Indian journal of veterinary science and animal husbandry - Volumes 15-17, 1948-1951
Year: 1948
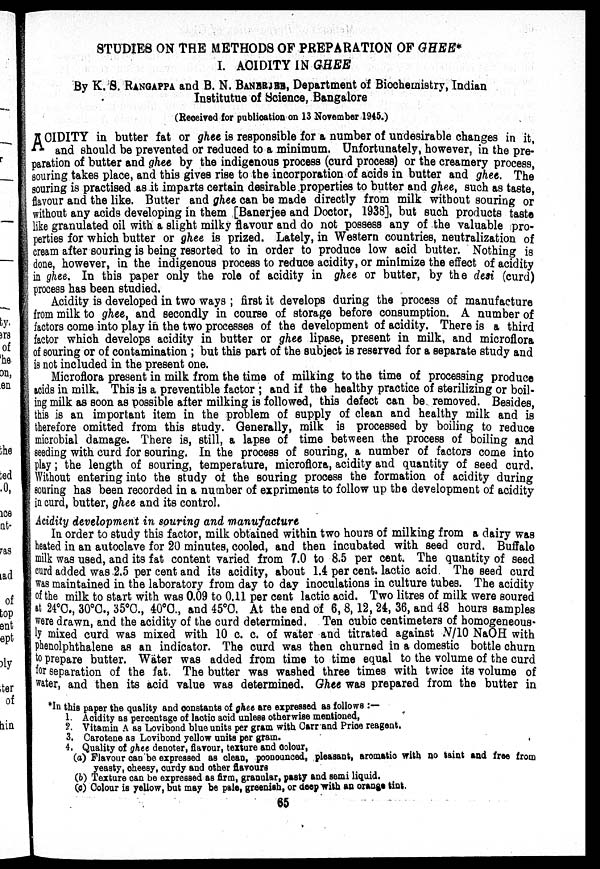
STUDIES ON THE METHODS OF PREPARATION OF GHEE*
I. ACIDITY IN GHEE
By K. S. RANGAPPA and B. N. BANERJEE, Department of Biochemistry, Indian
Institutue of Science, Bangalore
(Received for publication on 13 November 1945.)
A CIDITY in butter fat or ghee is responsible for a number of undesirable changes in it,
and should be prevented or reduced to a minimum. Unfortunately, however, in the pre-
paration of butter and ghee by the indigenous process (curd process) or the creamery process,
souring takes place, and this gives rise to the incorporation of acids in butter and ghee. The
souring is practised as it imparts certain desirable properties to butter and ghee, such as taste,
flavour and the like. Butter and ghee can be made directly from milk without souring or
without any acids developing in them [Banerjee and Doctor, 1938], but such products taste
like granulated oil with a slight milky flavour and do not possess any of the valuable pro-
perties for which butter or ghee is prized. Lately, in Western countries, neutralization of
cream after souring is being resorted to in order to produce low acid butter. Nothing is
done, however, in the indigenous process to reduce acidity, or minimize the effect of acidity
in ghee. In this paper only the role of acidity in ghee or butter, by the desi (curd)
process has been studied.
Acidity is developed in two ways ; first it develops during the process of manufacture
from milk to ghee, and secondly in course of storage before consumption. A number of
factors come into play in the two processes of the development of acidity. There is a third
factor which develops acidity in butter or ghee lipase, present in milk, and microflora
of souring or of contamination ; but this part of the subject is reserved for a separate study and
is not included in the present one.
Microflora present in milk from the time of milking to the time of processing produce
acids in milk. This is a preventible factor ; and if the healthy practice of sterilizing or boil-
ing milk as soon as possible after milking is followed, this defect can be removed. Besides,
this is an important item in the problem of supply of clean and healthy milk and is
therefore omitted from this study. Generally, milk is processed by boiling to reduce
microbial damage. There is, still, a lapse of time between the process of boiling and
seeding with curd for souring. In the process of souring, a number of factors come into
play ; the length of souring, temperature, microflora, acidity and quantity of seed curd.
Without entering into the study of the souring process the formation of acidity during
souring has been recorded in a number of expriments to follow up the development of acidity
in curd, butter, ghee and its control.
Acidity development in souring and manufacture
In order to study this factor, milk obtained within two hours of milking from a dairy was
heated in an autoclave for 20 minutes, cooled, and then incubated with seed curd. Buffalo
milk was used, and its fat content varied from 7.0 to 8.5 per cent. The quantity of seed
curd added was 2.5 per cent and its acidity, about 1.4 per cent. lactic acid. The seed curd
was maintained in the laboratory from day to day inoculations in culture tubes. The acidity
of the milk to start with was 0.09 to 0.11 per cent lactic acid. Two litres of milk were soured
at 24°C., 30°C., 35°C., 40°C., and 45°C. At the end of 6, 8, 12, 24, 36, and 48 hours samples
were drawn, and the acidity of the curd determined. Ten cubic centimeters of homogeneous-
ly mixed curd was mixed with 10 c. c. of water and titrated against N/10 NaOH with
phenolphthalene as an indicator. The curd was then churned in a domestic bottle churn
to prepare butter. Wäter was added from time to time equal to the volume of the curd
for separation of the fat. The butter was washed three times with twice its volume of
water, and then its acid value was determined. Ghee was prepared from the butter in
*In this paper the quality and constants of ghee are expressed as follows :—
1. Acidity as percentage of lactic acid unless otherwise mentioned,
2. Vitamin A as Lovibond blue units per gram with Carr and Price reagent.
3. Carotene as Lovibond yellow units per gram.
4. Quality of ghee denoter, flavour, texture and colour,
(a) Flavour can be expressed as clean, poonounced, pleasant, aromatic with no taint and free from
yeasty, cheesy, curdy and other flavours
(b) Texture can be expressed as firm, granular, pasty and semi liquid.
(c) Colour is yellow, but may be pale, greenish, or deep with an orange tint,
65